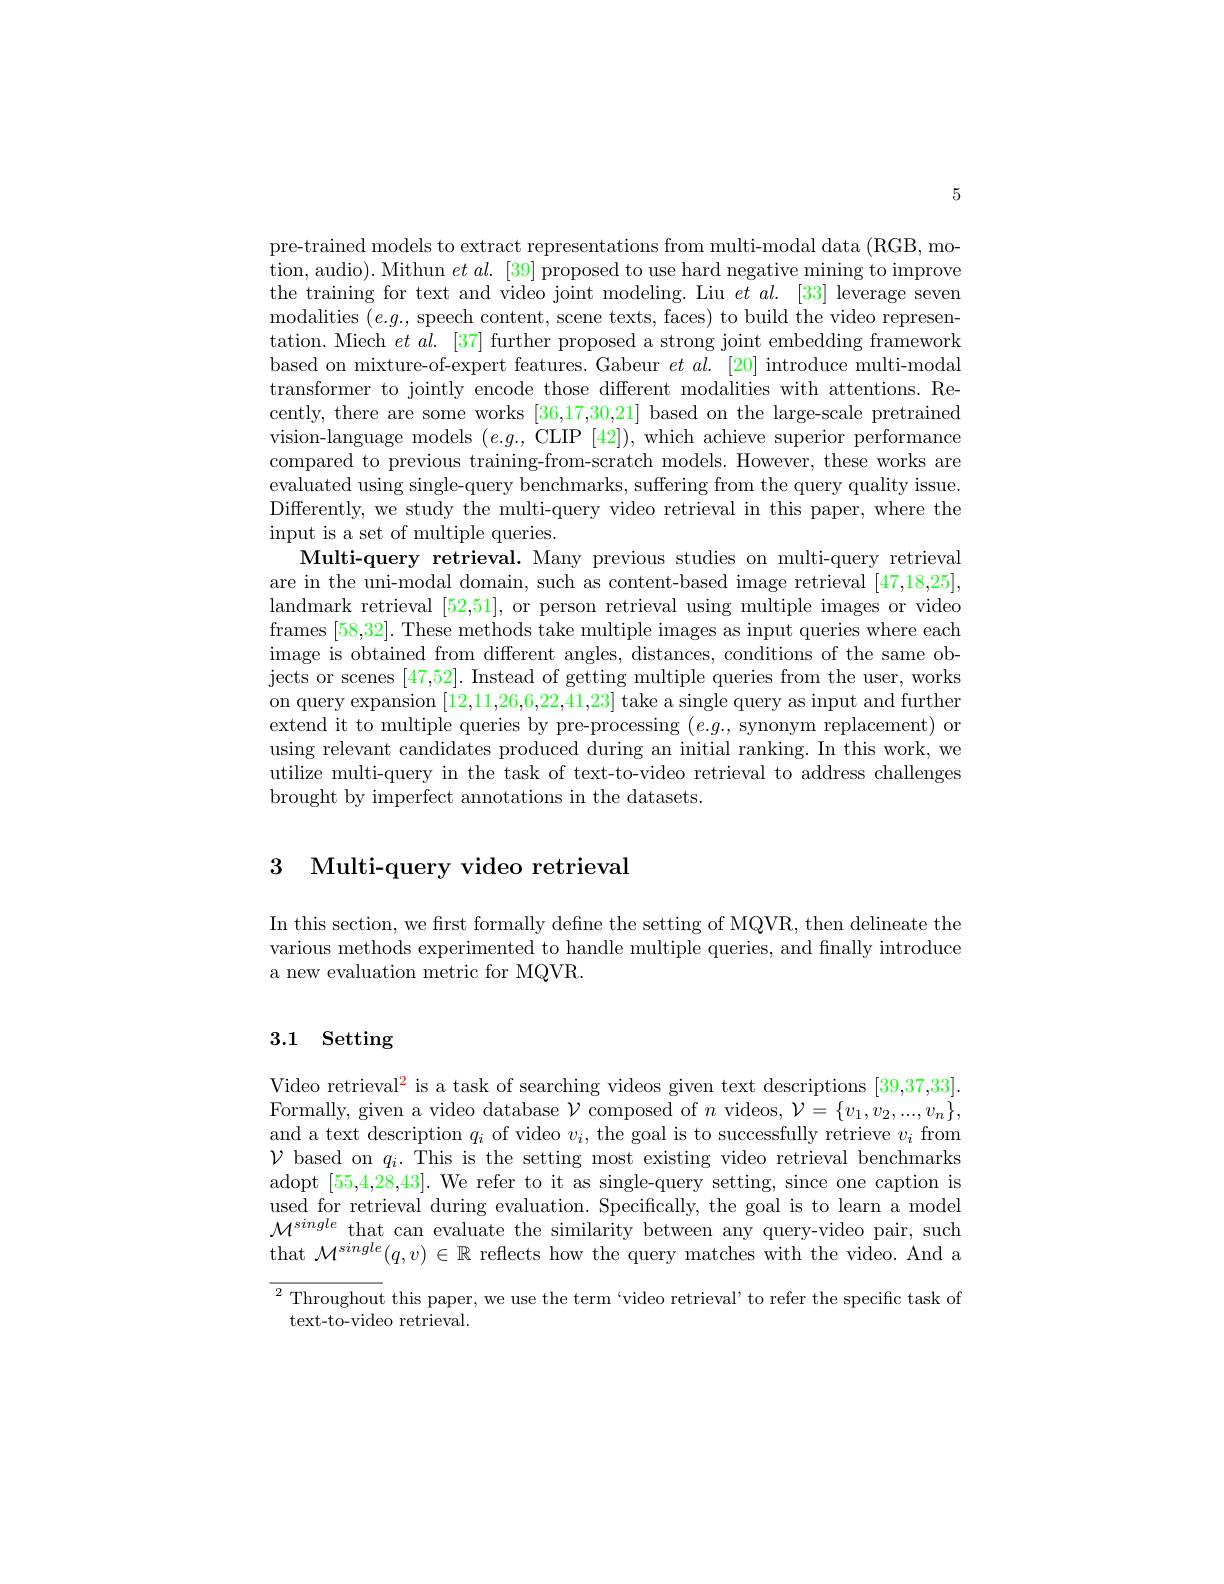
5

pre-trained models to extract representations from multi-modal data (RGB, motion, audio). Mithun $et\textit{al. [ 39] proposed to use hard negative mining to improve}$ the training for text and video joint modeling. Liu $et$ $al.$ [33] leverage seven modalities $(e.g.$, speech content, scene texts, faces) to build the video representation. Miech $et$ al. [37] further proposed a strong joint embedding framework based on mixture-of-expert features. Gabeur $et\textit{al. [ 20] introduce multi- modal}$ transformer to jointly encode those different modalities with attentions. Recently, there are some works [36,17,30,21] based on the large-scale pretrained vision-language models $(e.g.$, CLIP [42]), which achieve superior performance compared to previous training-from-scratch models. However, these works are evaluated using single-query benchmarks, suffering from the query quality issue. Differently, we study the multi-query video retrieval in this paper, where the input is a set of multiple queries.
Multi-query retrieval. Many previous studies on multi-query retrieval are in the uni-modal domain, such as content-based image retrieval [47,18,25], landmark retrieval [52,51], or person retrieval using multiple images or video frames [58,32]. These methods take multiple images as input queries where each image is obtained from different angles, distances, conditions of the same objects or scenes [47,52]. Instead of getting multiple queries from the user, works on query expansion [12,11,26,6,22,41,23] take a single query as input and further extend it to multiple queries by pre-processing $(e.g.$, synonym replacement) or using relevant candidates produced during an initial ranking. In this work, we utilize multi-query in the task of text-to-video retrieval to address challenges brought by imperfect annotations in the datasets.

## 3 Multi-query video retrieval

In this section, we first formally define the setting of MQVR, then delineate the various methods experimented to handle multiple queries, and finally introduce a new evaluation metric for MQVR.

## 3.1 Setting

Video retrieval$^2$ is a task of searching videos given text descriptions [39,37,33]. Formally, given a video database $\mathcal{V}$ composed of $n$ videos, $\mathcal{V}=\{v_1,v_2,...,v_n\}$, and a text description $q_i$ of video $v_i$, the goal is to successfully retrieve $v_i$ from $\mathcal{V}$ based on $q_i.$ This is the setting most existing video retrieval benchmarks adopt [55,4,28,43]. We refer to it as single-query setting, since one caption is used for retrieval during evaluation. Specifically, the goal is to learn a model $\mathcal{M}^{single}$ that can evaluate the similarity between any query-video pair, such that $\mathcal{M}^single(q,v)\in\mathbb{R}$ reflects how the query matches with the video. And a $\overline{{^2\text{Throughout}}}$ this paper, we use the term“video retrieval’ to refer the specific task of
text-to-video retrieval.